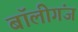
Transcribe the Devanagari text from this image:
बॉलीगंज